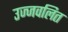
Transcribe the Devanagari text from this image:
उज्जवलित